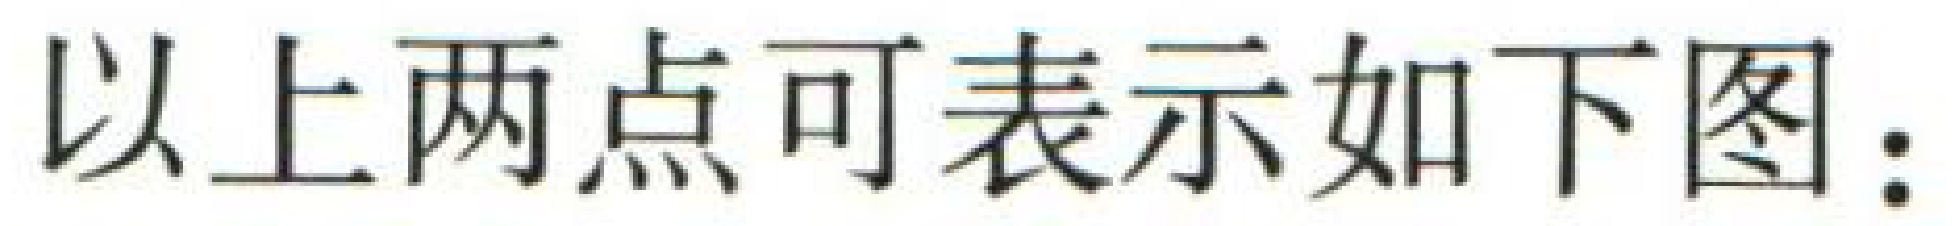
以上两点可表示如下图：